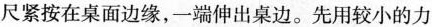
尺紧按在桌面边缘，一端伸出桌边。先用较小的力